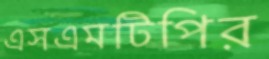
এসএমটিপির